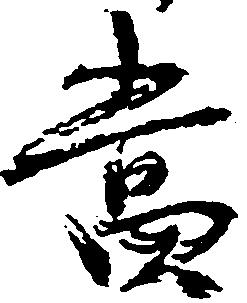
当